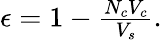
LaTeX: \begin{array}{r}{\epsilon=1-\frac{N_{c}V_{c}}{V_{s}}.}\end{array}